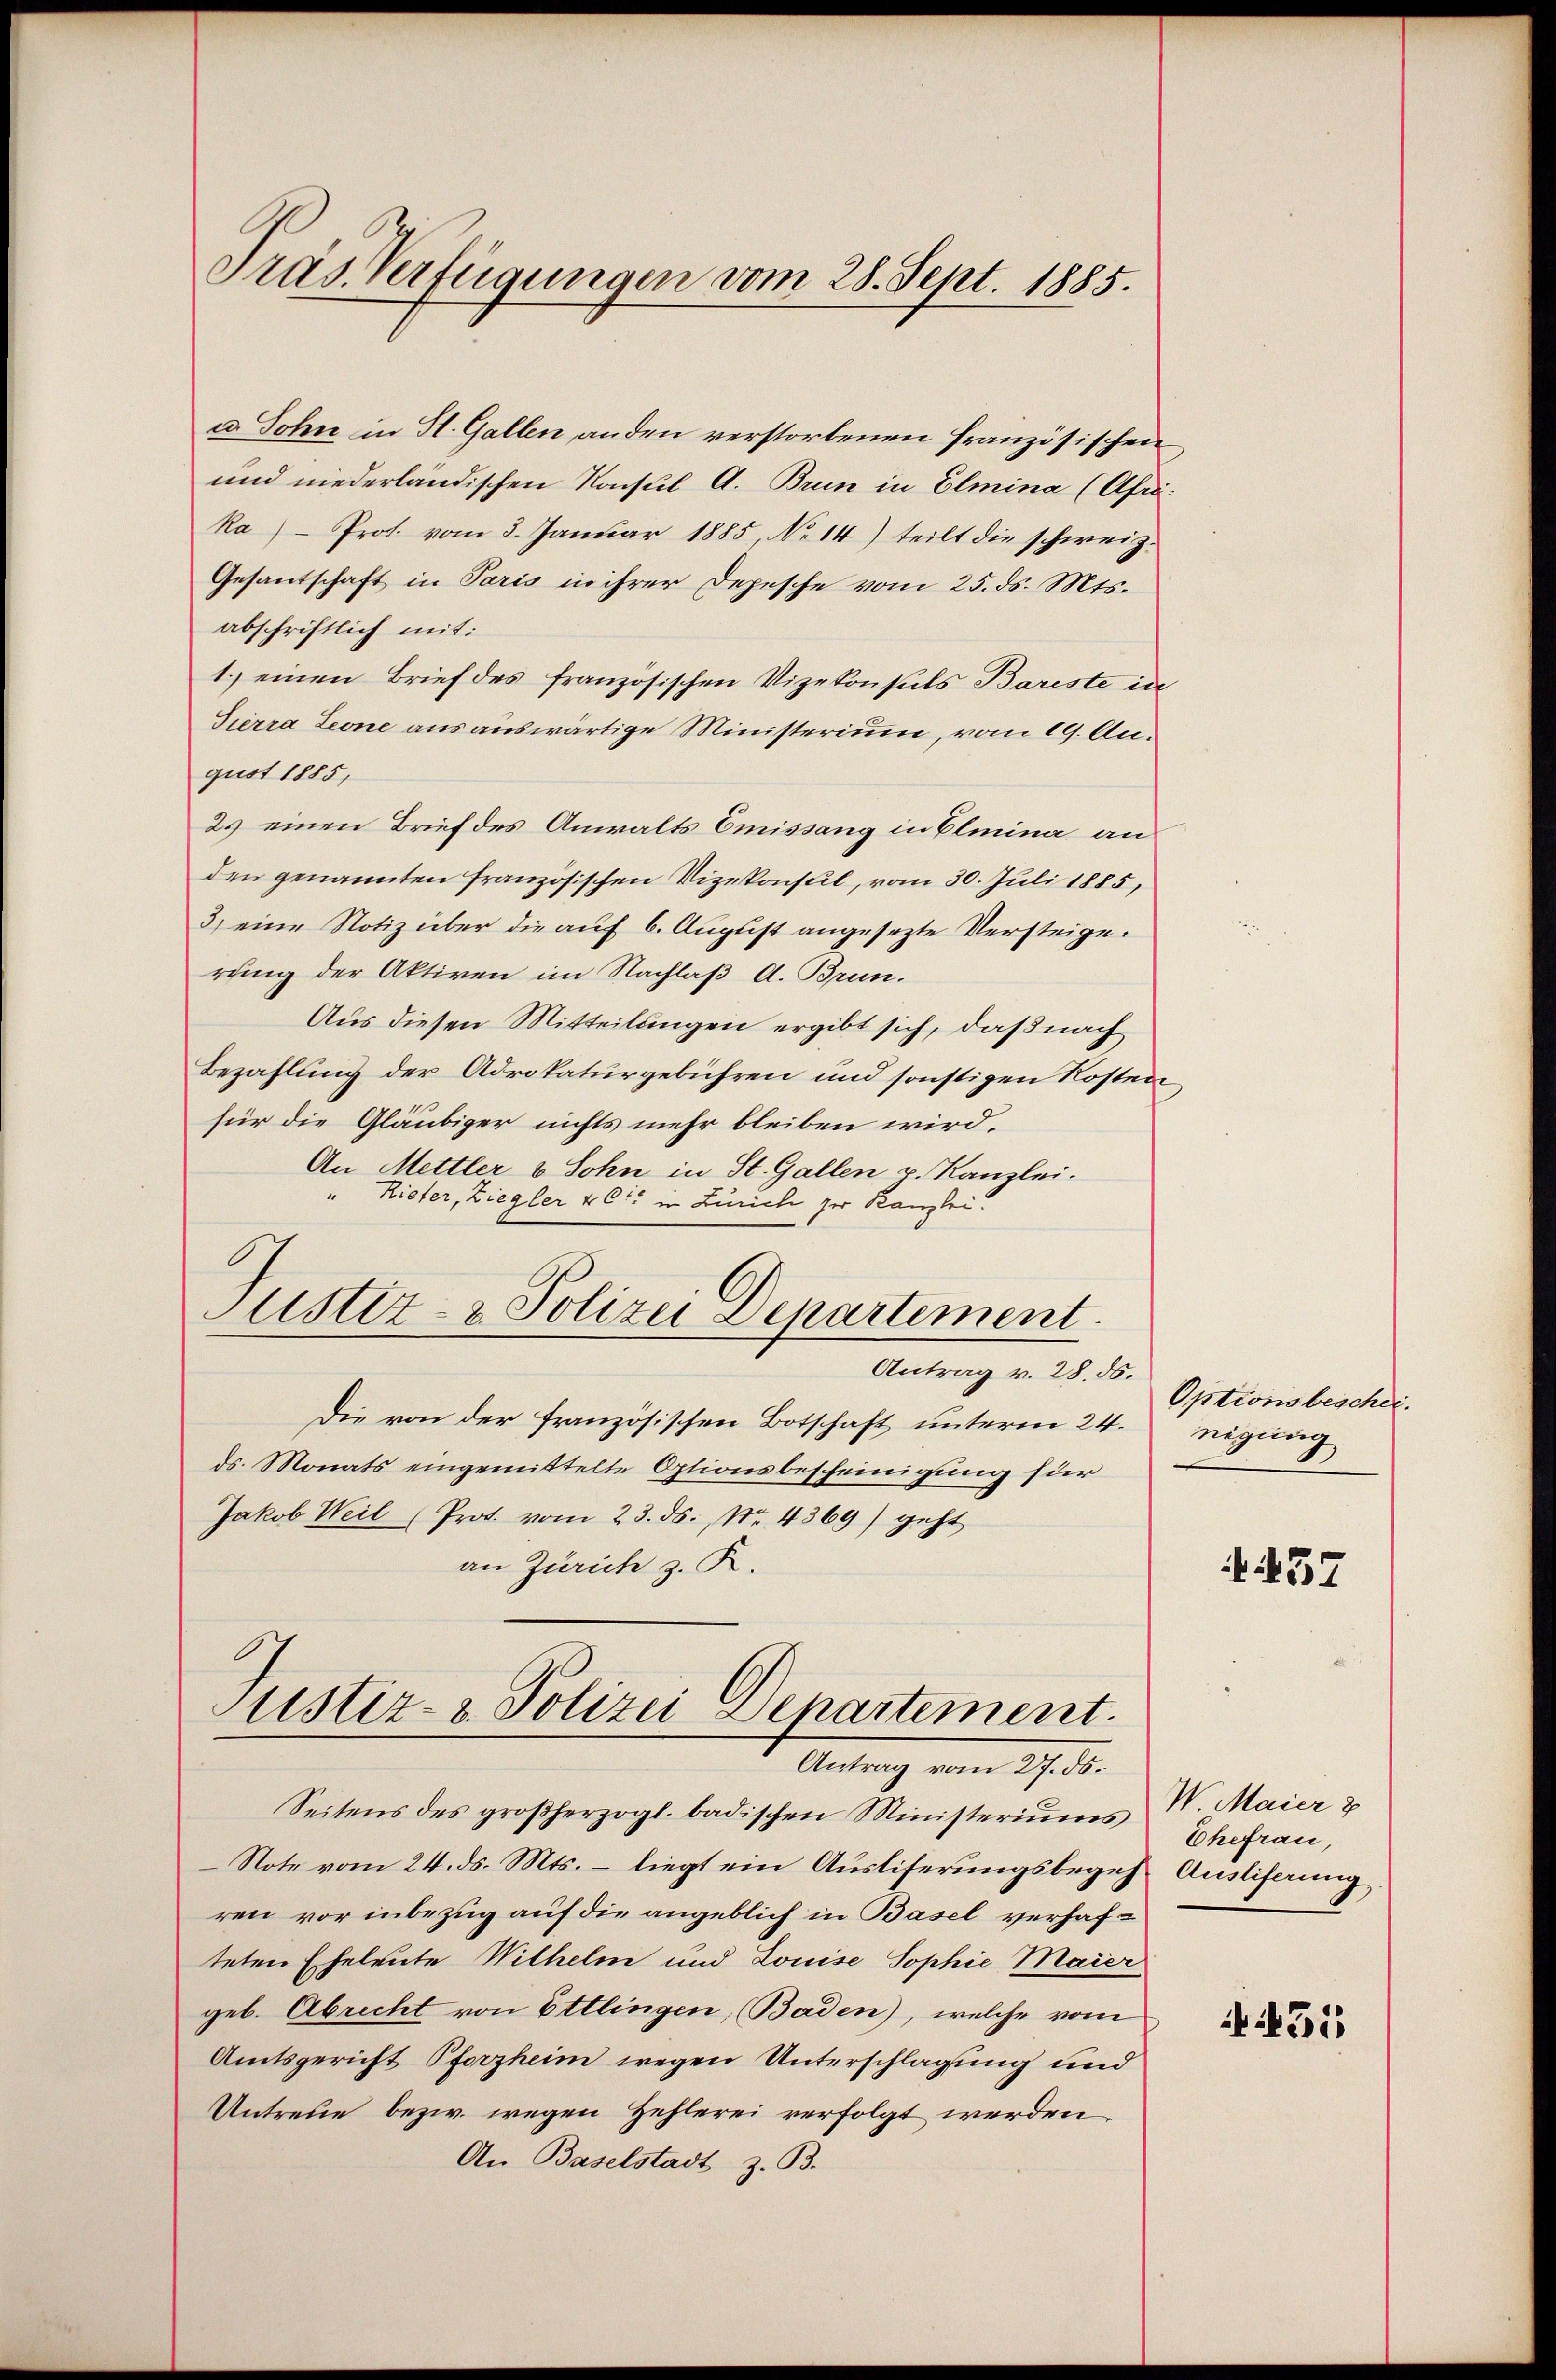
Präs. Verfügungen vom 28. Sept. 1885.

a. Sohn in St. Gallen, anden verstorbenen französischen
und niederländischen Konsul A. Brun in Elmina (Afri
ka) Prot. vom 3. Januar 1885, No 14) teilt die schweiz.
Gesantschaft in Paris in ihrer Depesche vom 25. ds. Mts.
abschriftlich mit:
1.) einen Brief des französischen Vizekonsuls Bareste in
Sierra Leone aus auswärtige Ministerium, vom 19. Angust 1885,
2. einen Brief des Anwalts Emissang in Elmina an
den genannten französischen Vizekonsul, vom 30. Juli 1885,
3) eine Notiz über die auf 6. August angesetzte Versteige.
rung der Aktiven im Nachlaß A. Brun¬
Aus diesen Mitteilungen ergibt sich, daß nach
Bezahlung der Advokaturgebühren und sonstigen Kosten
für die Gläubiger nichts mehr bleiben wird.
An Mettler & Sohn in St. Gallen u. Kanzlei.
Riefer, Ziegler & Cie in Linicli zur Kanzlei.
Justiz- & Polizei Departement.
Antrag v. 28. 56.
Die von der französischen Botschaft unterm 24.
ds. Monats eingemittelte Optionsbescheinigung für
Jakob Weil (Prot. vom 23. ds., Nr. 4369) geht
an Zürich z. R.

Justiz- & Polizei Departement.
Antrag vom 27. ds.

Seitens des großherzogl. badischen Ministeriums
Note vom 24. ds. Mts. – liegt ein Ausliferungsbegehren vor inbezug auf die angeblich in Basel verhafteten Eheleute Wilhelm und Louise Sophie Maier
geb. Abrecht von Ettlingen, (Baden), welche vom
Amtsgericht Pforzheim wegen Unterschlagung und
Untreue bezw. wegen Hehlerei verfolgt werden
An Baselstadt z. B.

Optionsbeschei
regung

457

I Maier
Ehefrau,
Ausliferung

431